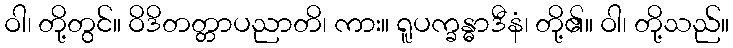
ဝါ၊ တို့တွင်။ ဝိဒိတတ္တာပညာတိ၊ ကား။ ရူပက္ခန္ဓာဒီနံ၊ တို့၏။ ဝါ၊ တို့သည်။